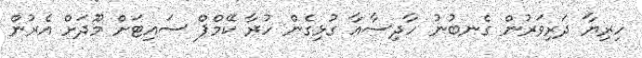
ހިރިޔާ ދަރިވަރުން ގެނބުނު ހާދިސާއާ ގުޅިގެން ހުރާ ކޭމްޕް ސައިޓަށް މޫދަށް އެރުން